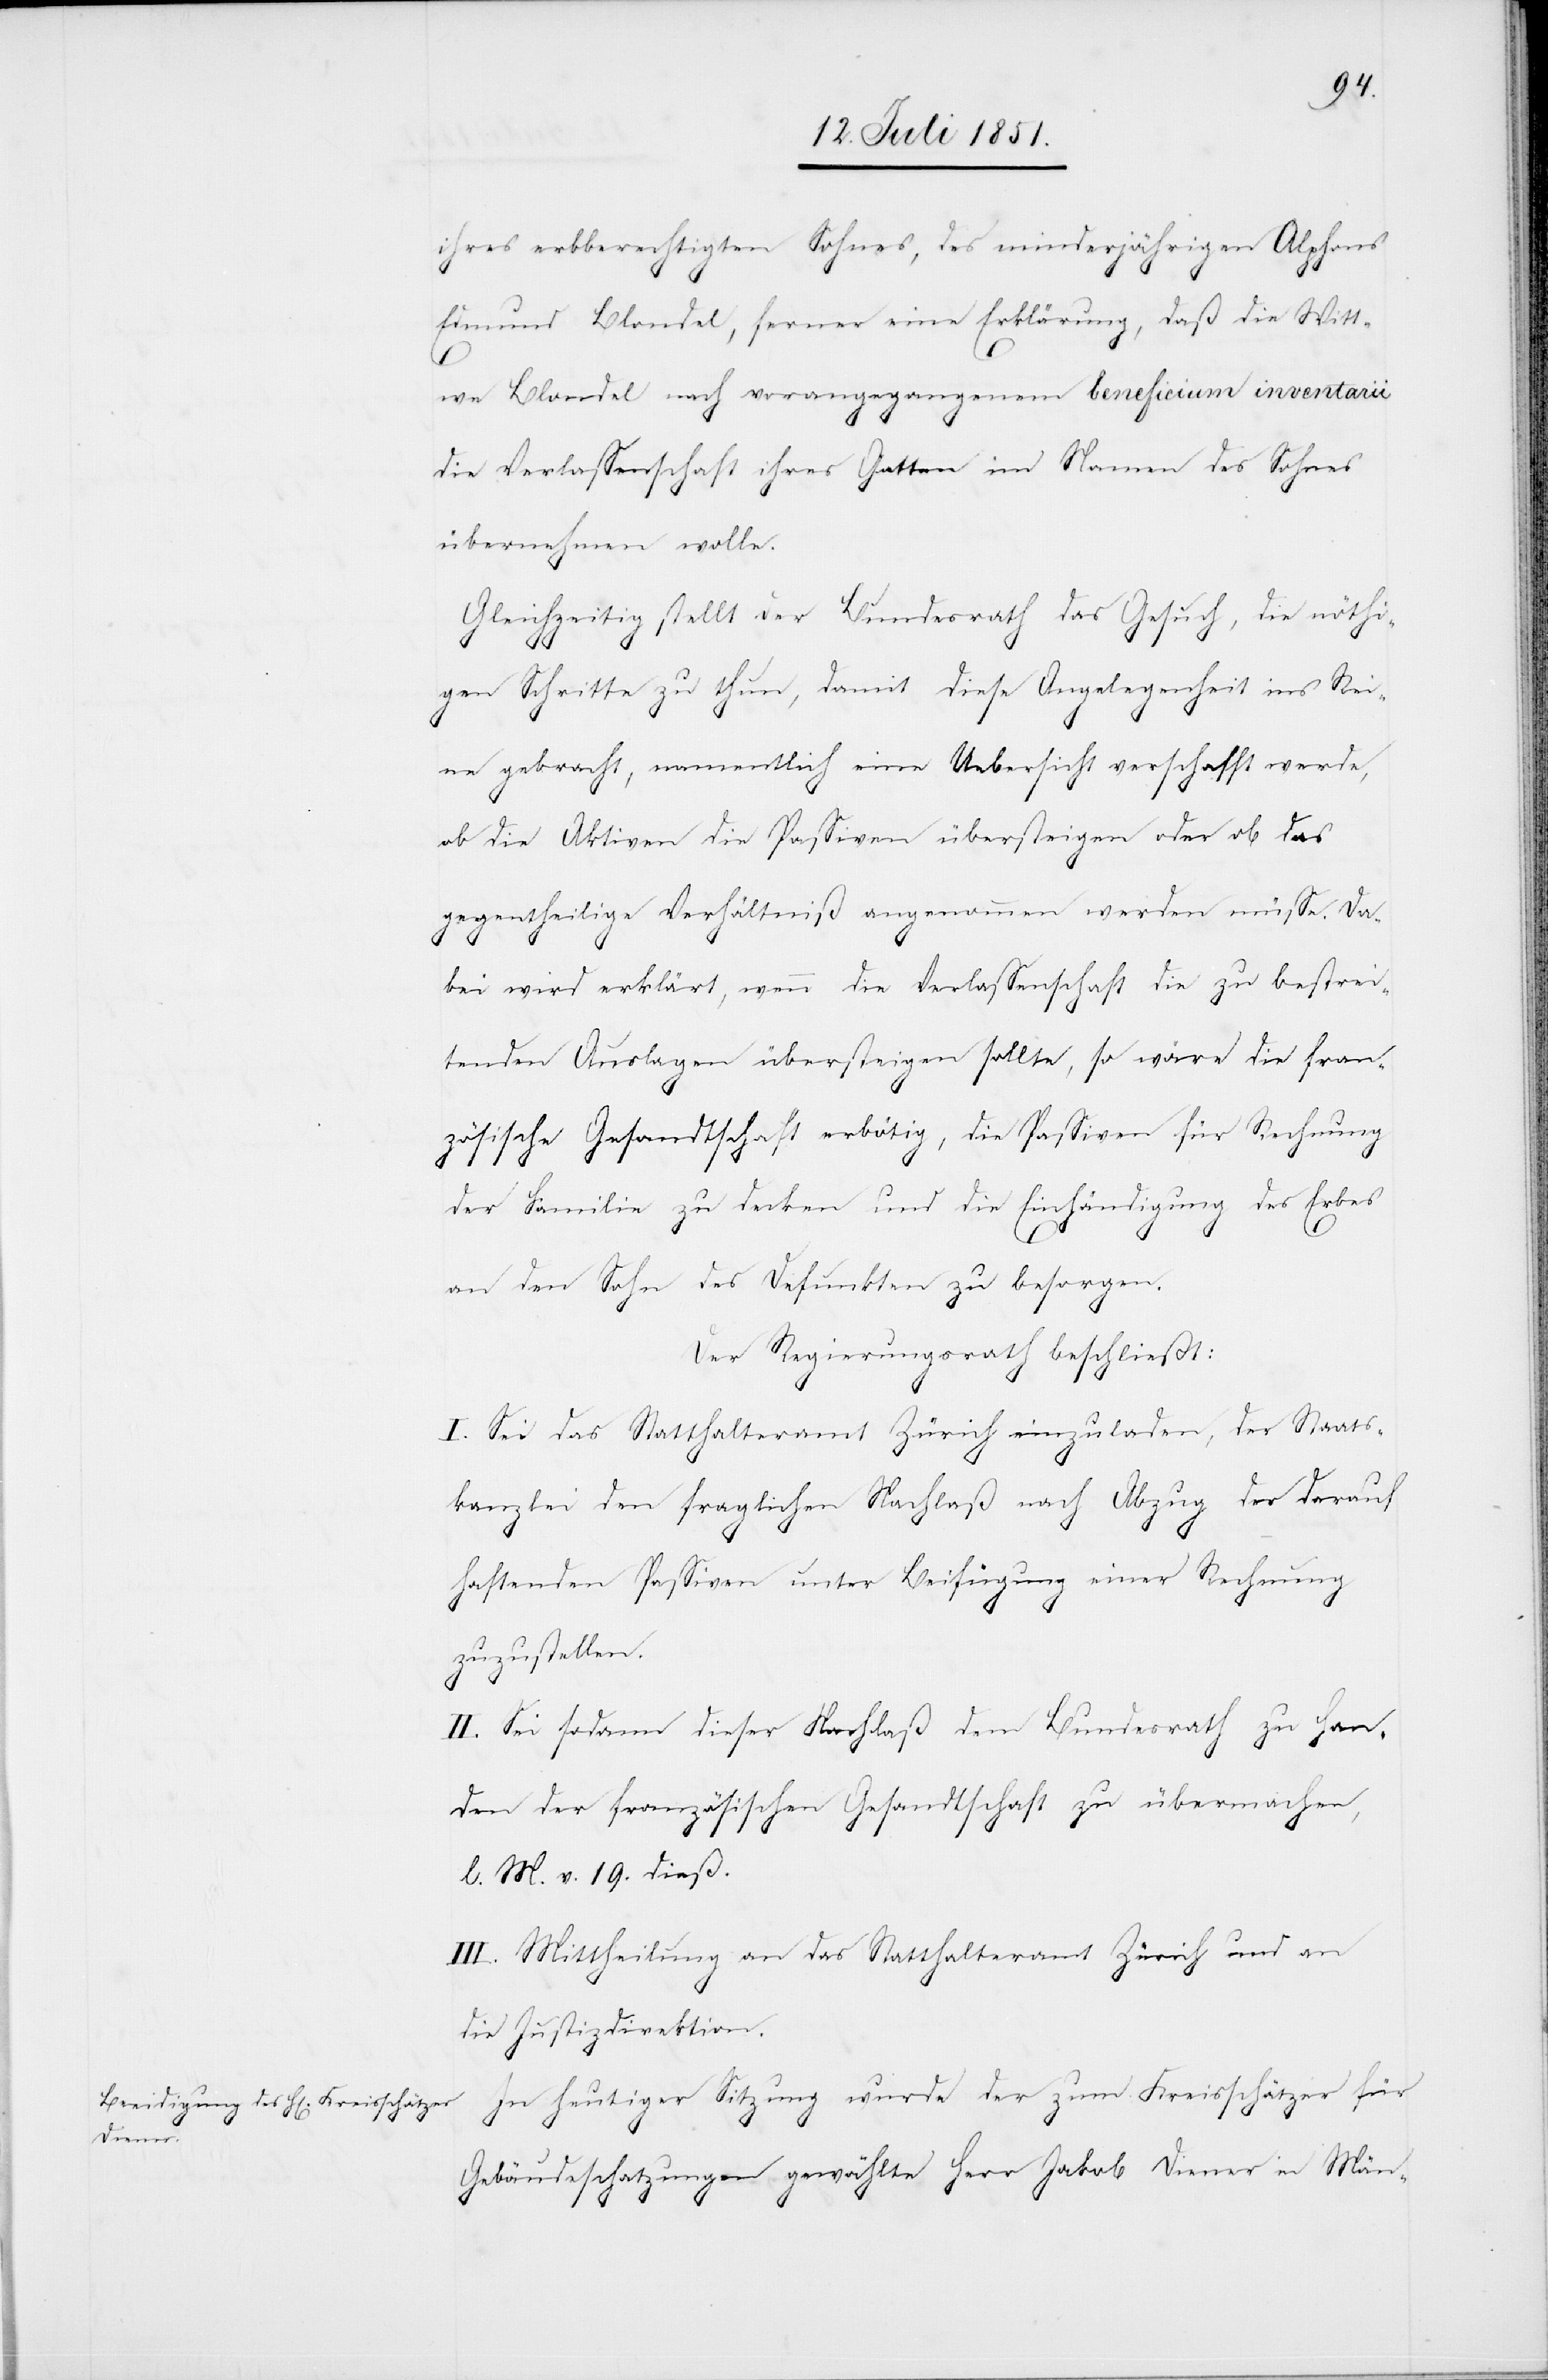
ihres erbberechtigten Sohnes, des minderjährigen Alphons
Edmund Blondel, ferner eine Erklärung, daß die Witt¬
we Blondel nach vorangegangenem beneficium inventarii
die Verlassenschaft ihres Gatten im Namen des Sohnes
übernehmen wolle.
Gleichzeitig stellt der Bundesrath das Gesuch, die nöthi¬
gen Schritte zu thun, damit diese Angelegenheit ins Rei¬
ne gebracht, namentlich eine Uebersicht verschafft werde,
ob die Aktiven die Passiven übersteigen oder ob das
gegentheilige Verhältniß angenommen werden müsse. Da¬
bei wird erklärt, wenn die Verlassenschaft die zu bestrei¬
tenden Auslagen übersteigen sollte, so wäre die fran¬
zösische Gesandtschaft erbötig, die Passiven für Rechnung
der Familie zu decken und die Einhändigung des Erbes
an den Sohn des Defunkten zu besorgen.
Der Regierungsrath beschließt:
I. Sei das Statthalteramt Zürich einzuladen, der Staats¬
kanzlei den fraglichen Nachlaß nach Abzug der darauf
haftenden Passiven unter Beifügung einer Rechnung
zuzustellen.
II. Sei sodann dieser Nachlaß dem Bundesrath zu Han¬
den der französischen Gesandtschaft zu übermachen,
l. M. v. 19. dieß.
III. Mittheilung an das Statthalteramt Zürich und an
die Justizdirektion.
In heutiger Sitzung wurde der zum Kreisschätzer für
Gebäudeschatzungen gewählte Herr Jakob Diener in Män-